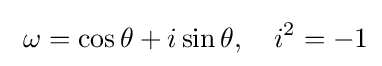
\ \omega =\cos \theta +i\sin \theta ,\quad i^{2}=-1